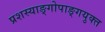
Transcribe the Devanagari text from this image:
प्रशस्याङ्‌गोपाङ्‌गयुक्त